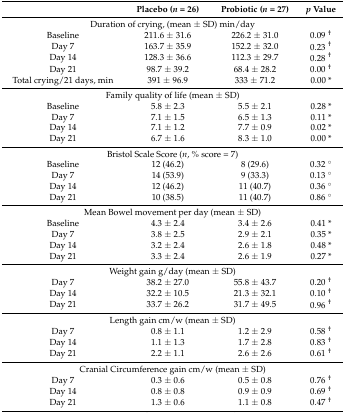
<table><thead><tr><td></td><td><b>Placebo (<i>n</i> = 26)</b></td><td><b>Probiotic (<i>n</i> = 27)</b></td><td><b><i>p</i> Value</b></td></tr></thead><tbody><tr><td colspan="4">Duration of crying, (mean ± SD) min/day</td></tr><tr><td>Baseline</td><td>211.6 ± 31.6</td><td>226.2 ± 31.0</td><td>0.09 <sup>†</sup></td></tr><tr><td>Day 7</td><td>163.7 ± 35.9</td><td>152.2 ± 32.0</td><td>0.23 <sup>†</sup></td></tr><tr><td>Day 14</td><td>128.3 ± 36.6</td><td>112.3 ± 29.7</td><td>0.28 <sup>†</sup></td></tr><tr><td>Day 21</td><td>98.7 ± 39.2</td><td>68.4 ± 28.2</td><td>0.00 <sup>†</sup></td></tr><tr><td>Total crying/21 days, min</td><td>391 ± 96.9</td><td>333 ± 71.2</td><td>0.00 *</td></tr><tr><td colspan="4">Family quality of life (mean ± SD)</td></tr><tr><td>Baseline</td><td>5.8 ± 2.3</td><td>5.5 ± 2.1</td><td>0.28 *</td></tr><tr><td>Day 7</td><td>7.1 ± 1.5</td><td>6.5 ± 1.3</td><td>0.11 *</td></tr><tr><td>Day 14</td><td>7.1 ± 1.2</td><td>7.7 ± 0.9</td><td>0.02 *</td></tr><tr><td>Day 21</td><td>6.7 ± 1.6</td><td>8.3 ± 1.0</td><td>0.00 *</td></tr><tr><td colspan="4">Bristol Scale Score (<i>n</i>, % score = 7)</td></tr><tr><td>Baseline </td><td>12 (46.2)</td><td>8 (29.6)</td><td>0.32 °</td></tr><tr><td>Day 7</td><td>14 (53.9)</td><td>9 (33.3)</td><td>0.13 °</td></tr><tr><td>Day 14</td><td>12 (46.2)</td><td>11 (40.7)</td><td>0.36 °</td></tr><tr><td>Day 21</td><td>10 (38.5)</td><td>11 (40.7)</td><td>0.86 °</td></tr><tr><td colspan="4">Mean Bowel movement per day (mean ± SD)</td></tr><tr><td>Baseline</td><td>4.3 ± 2.4</td><td>3.4 ± 2.6</td><td>0.41 *</td></tr><tr><td>Day 7</td><td>3.8 ± 2.5</td><td>2.9 ± 2.1</td><td>0.35 *</td></tr><tr><td>Day 14</td><td>3.2 ± 2.4</td><td>2.6 ± 1.8</td><td>0.48 *</td></tr><tr><td>Day 21</td><td>3.3 ± 2.4</td><td>2.6 ± 1.9</td><td>0.27 *</td></tr><tr><td colspan="4">Weight gain g/day (mean ± SD)</td></tr><tr><td>Day 7</td><td>38.2 ± 27.0</td><td>55.8 ± 43.7</td><td>0.20 <sup>†</sup></td></tr><tr><td>Day 14</td><td>32.2 ± 10.5</td><td>21.3 ± 32.1</td><td>0.10 <sup>†</sup></td></tr><tr><td>Day 21</td><td>33.7 ± 26.2</td><td>31.7 ± 49.5</td><td>0.96 <sup>†</sup></td></tr><tr><td colspan="4">Length gain cm/w (mean ± SD) </td></tr><tr><td>Day 7</td><td>0.8 ± 1.1</td><td>1.2 ± 2.9</td><td>0.58 <sup>†</sup></td></tr><tr><td>Day 14</td><td>1.1 ± 1.3</td><td>1.7 ± 2.8</td><td>0.83 <sup>†</sup></td></tr><tr><td>Day 21</td><td>2.2 ± 1.1</td><td>2.6 ± 2.6</td><td>0.61 <sup>†</sup></td></tr><tr><td colspan="4">Cranial Circumference gain cm/w (mean ± SD) </td></tr><tr><td>Day 7</td><td>0.3 ± 0.6</td><td>0.5 ± 0.8</td><td>0.76 <sup>†</sup></td></tr><tr><td>Day 14</td><td>0.8 ± 0.8</td><td>0.9 ± 0.9</td><td>0.69 <sup>†</sup></td></tr><tr><td>Day 21</td><td>1.3 ± 0.6</td><td>1.1 ± 0.8</td><td>0.47 <sup>†</sup></td></tr></tbody></table>